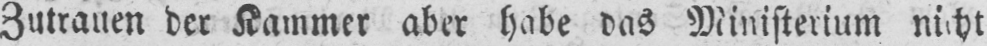
Zutrauen der Kammer aber habe das Ministerium nicht